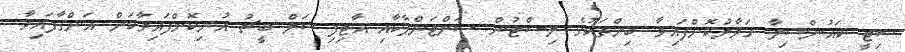
ސިޓީ ކައުންސިލާ ހަވާލުކޮށްފައިވާ ބިންތަކުގެ ލިސްޓުން ސަލްޓަންޕާކާއި އާޓިފިޝަލް ބީޗު އުނިކޮށްފައިވާކަން އަންގާފައިވާ